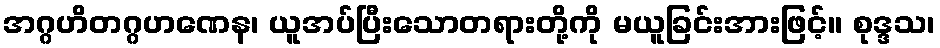
အဂ္ဂဟိတဂ္ဂဟဏေန၊ ယူအပ်ပြီးသောတရားတို့ကို မယူခြင်းအားဖြင့်။ စုဒ္ဒသ၊